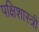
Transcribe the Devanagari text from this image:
पक्षिशास्त्री